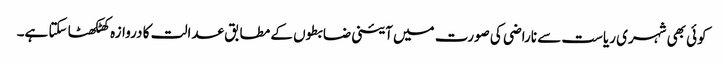
کوئی بھی شہری ریاست سے ناراضی کی صورت میں آئینی ضابطوں کے مطابق عدالت کا دروازہ کھٹکھٹا سکتا ہے۔